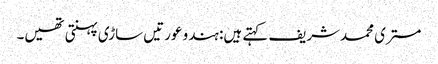
مستری محمدشریف کہتے ہیں: ہندو عورتیں ساڑی پہنتی تھیں۔